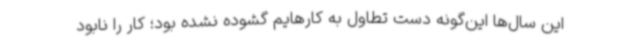
این‌ سال‌ها این‌گونه دست تطاول به کارهایم گشوده نشده بود؛ کار را نابود